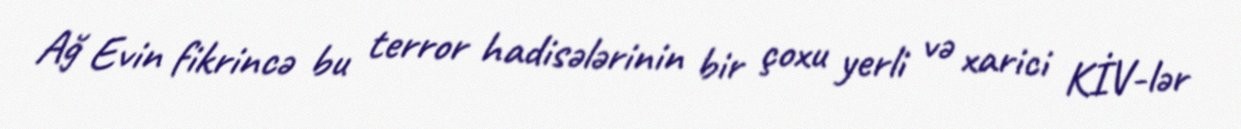
Ağ Evin fikrincə bu terror hadisələrinin bir çoxu yerli və xarici KİV-lər